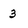
Character: 3